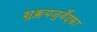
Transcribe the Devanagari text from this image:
शुक्लयजुर्वेदका